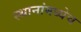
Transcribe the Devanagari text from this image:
स्थानांमध्येच